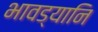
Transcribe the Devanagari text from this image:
भावड्यानि